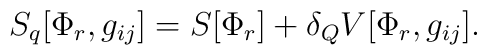
S_{q}[\Phi_{r}, g_{ij}]=S[\Phi_{r}]+\delta_{Q}V[\Phi_{r},g_{ij}].